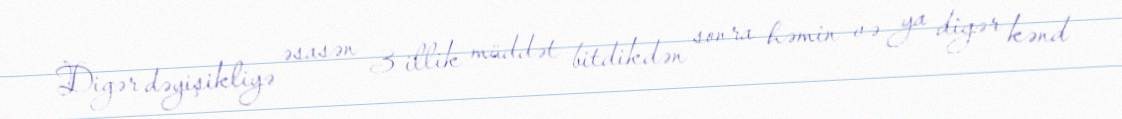
Digər dəyişikliyə əsasən 3 illik müddət bitdikdən sonra həmin və ya digər kənd